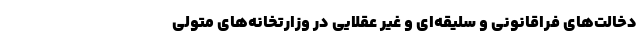
دخالت‌های فراقانونی و سلیقه‌ای و غیر عقلایی در وزارتخانه‌های متولی